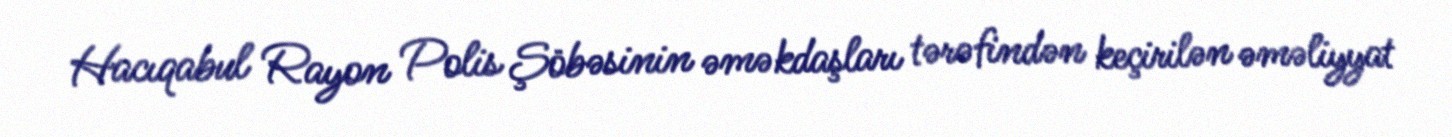
Hacıqabul Rayon Polis Şöbəsinin əməkdaşları tərəfindən keçirilən əməliyyat